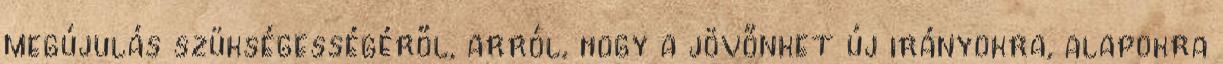
megújulás szükségességéről, arról, hogy a jövőnket új irányokra, alapokra